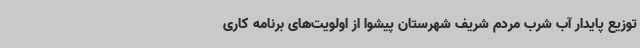
توزیع پایدار آب شرب مردم شریف شهرستان پیشوا از اولویت‌های برنامه کاری